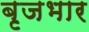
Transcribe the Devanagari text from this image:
बृजभार